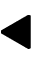
\blacktriangleleft